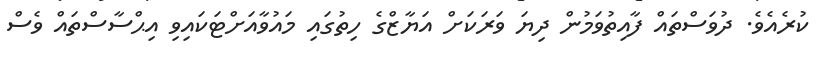
ކުރެއެވެ. ދުވަސްތައް ފާއިތުވަމުން ދިޔަ ވަރަކަށް އަޔާޒްގެ ހިތުގައި މައުވާއަށްޓަކައިވި އިޙްސާސްތައް ވެސް